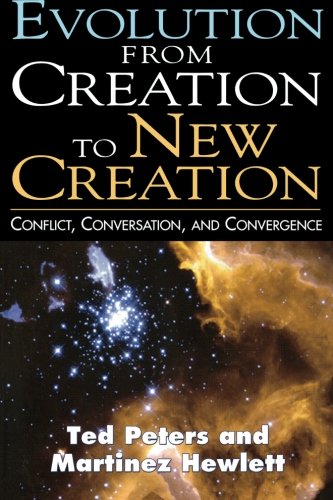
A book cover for Evolution from Creation to New Creation: Conflict, Conversation, and Convergence; Martinez Hewlett; Christian Books & Bibles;